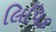
લિપિક